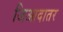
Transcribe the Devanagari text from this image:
जिआदातर